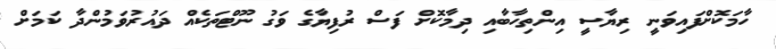
ހާމަކޮށްފައިވަނީ ރިޔާސީ އިންތިހާބާއި ދިމާކޮށް ފަސް ރުފިޔާގެ ވަގު ނޫޓްތަކެއް ދައުރުވަމުންދާ ކަމަށް